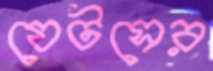
যেটসের